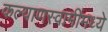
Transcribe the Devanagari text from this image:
कल्याणस्वामींमध्ये